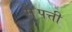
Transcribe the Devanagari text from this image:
स॓पत्ती